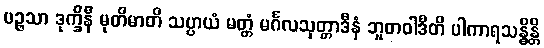
ပဉ္ဇသာ ဒုက္ခိနီ မုတိမာတိ သပ္ပာယံ မတ္တံ မင်္ဂလသုတ္တာဒီနံ ဘူတဝါဒီတိ ပါကာရသန္ဓိန္တိ